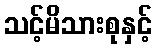
သင့်မိသားစုနှင့်